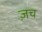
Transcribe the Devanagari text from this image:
ज़च